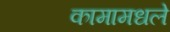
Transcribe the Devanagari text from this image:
कामामधले